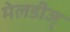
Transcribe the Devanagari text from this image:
मेलडीज्